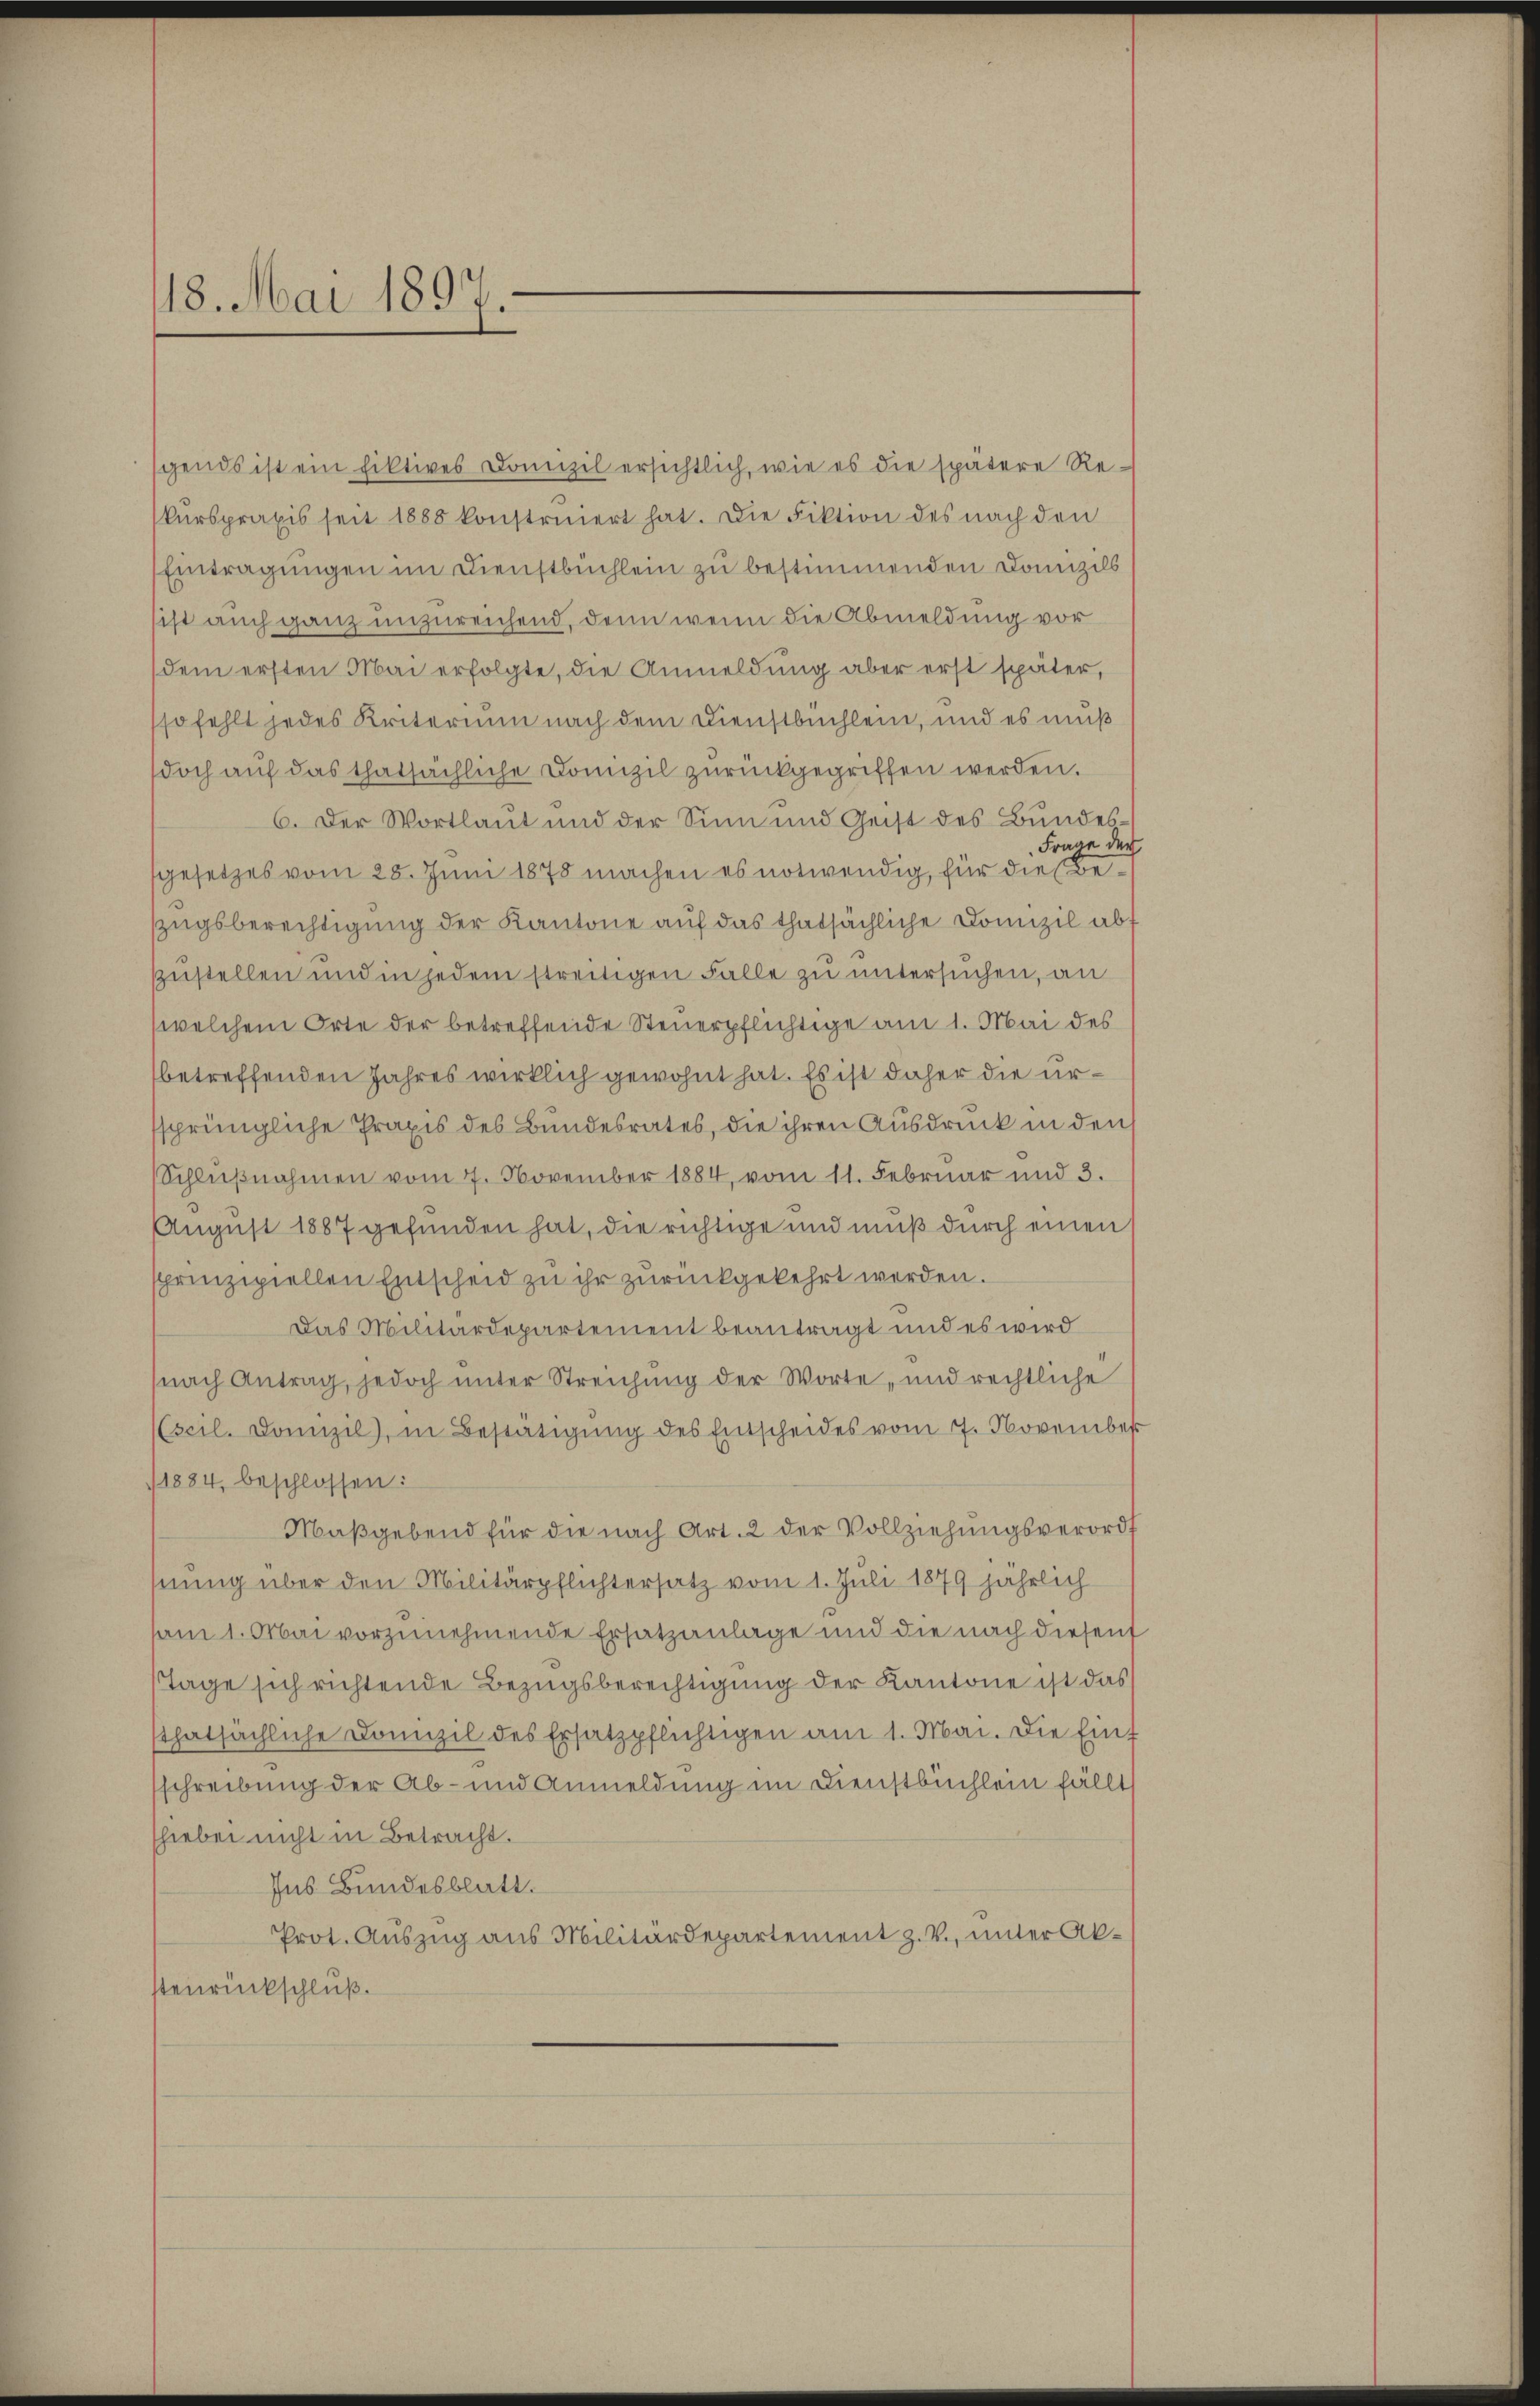
18. Mai 1897.

sgends ist ein fiktives Domizil ersichtlich, wie es die spätere Reskurspraxis seit 1888 konstruiert hat. Die Fiktion des nach den
Eintragungen im Dienstbüchlein zu bestimmenden Domizils
ist auch ganz unzureichend, denn wenn die Abmeldung vor
dem ersten Mai erfolgte, die Anmeldung aber erst später,
so fehlt jedes Kriterium nach dem Dienstbuchlein, und es muß
doch aŭf das thatsächliche Domizil zŭrückgegriffen werden.
6. Der Wortlaut und der Sinn und Geist des Bundes¬
Frage der
sgesetzes vom 25. Juni 1878 machen es notwendig, für die Bezugsberechtigung der Kantone auf das thatsächliche Domizil abf
zustellen und in jedem streitigen Falle zu untersuchen, an
welchem Orte der betreffende Steuerpflichtige am 1. Mai des
betreffenden Jahres wirklich gewohnt hat. Es ist daher die urssprüngliche Praxis des Bundesrates, die ihren Ausdruck in den
Schlŭβnahmen vom 7. November 1884, vom 11. Februar und 3.
August 1887 gefunden hat, die richtige und muß durch einen
sprinzipiellen Entscheid zu ihr zurückgekehrt werden.
Das Militärdepartement beantragt und es wird
(nach Antrag, jedoch unter Streichung der Worte „und rechtliche
(scil. Domizil), in Bestätigung des Entscheides vom 7. November
1884, beschlossen:
Maßgebend für die nach Art. 2 der Vollziehungsverord
hnung über den Militärpflichtersatz vom 1. Juli 1879 jährlich
am 1. Mai vorzunehmende Ersatzanlage und die nach diesen
Tage sich richtende Bezugsberechtigung der Kantone ist das
thatsächliche Domizil des Ersatzpflichtigen am 1. Mai. Die Eit
schreibung der Ab- und Anmeldung im Dienstbüchlein fällt
shieben nicht in Betracht.
Ins Bundesblatt.
Prot. Aŭszŭg ans Militärdepartement z. V., unter Akstenrückschluß.